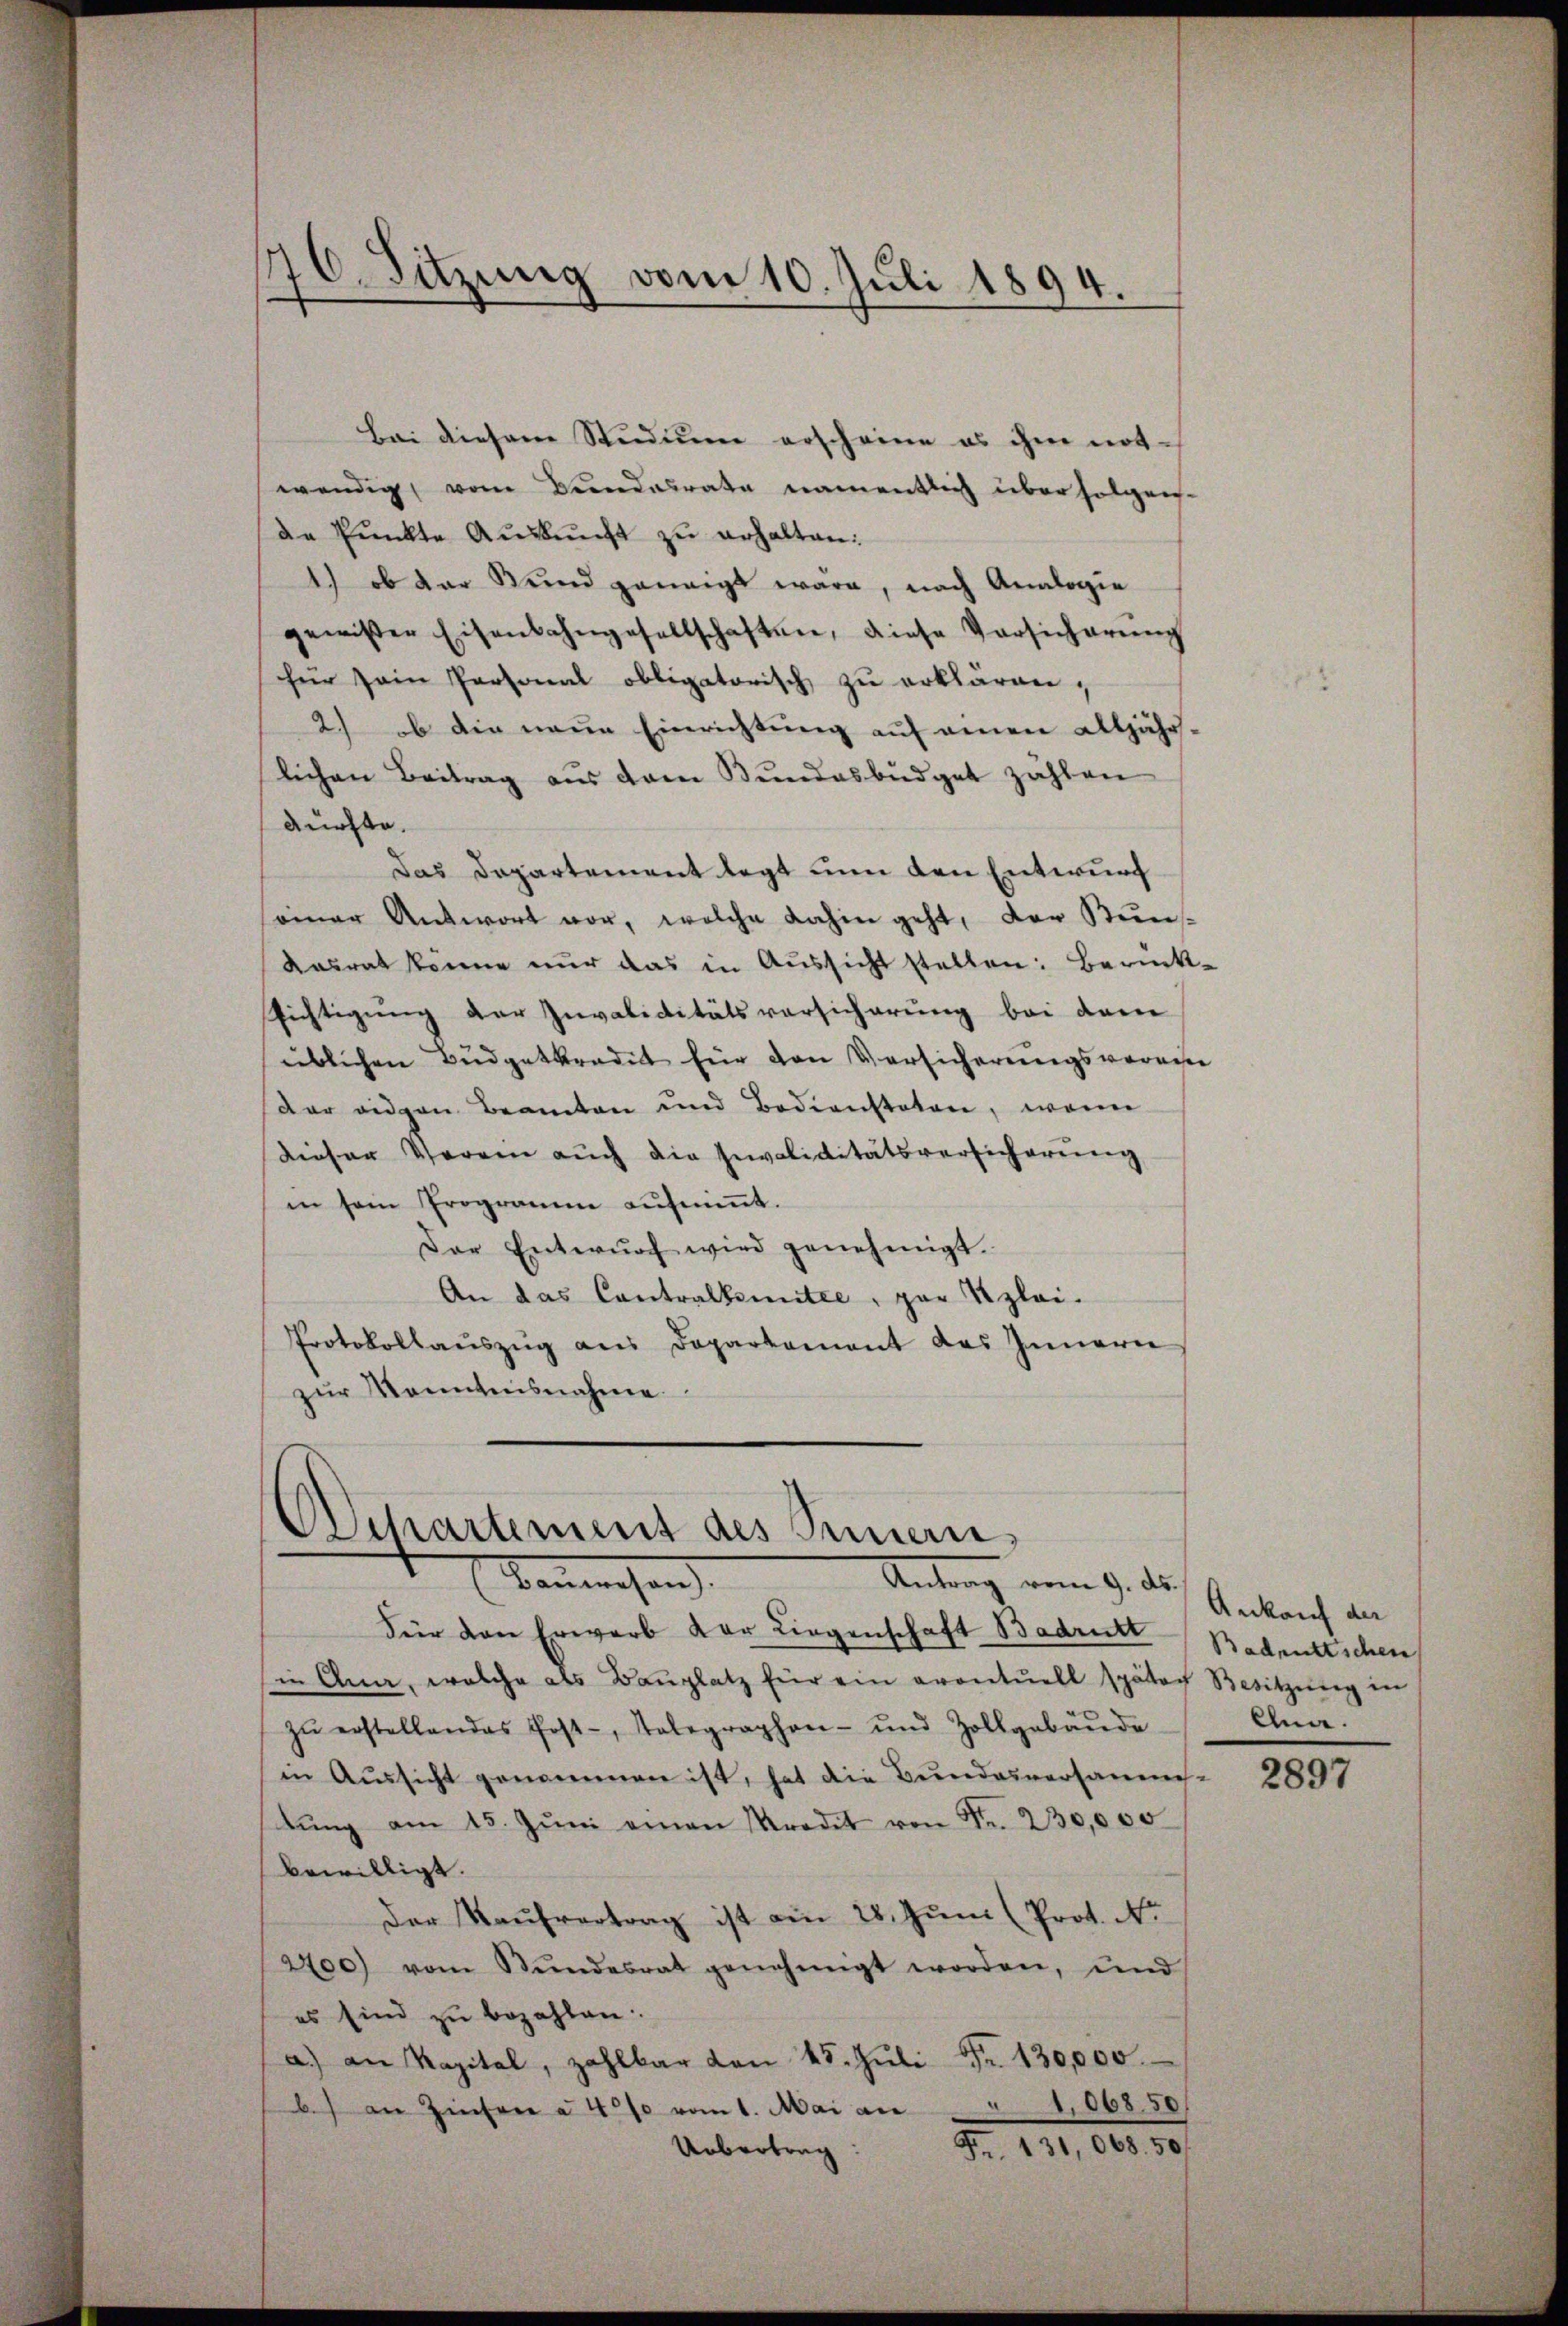
76. Sitzung vom 10. Juli 1894.

Bei diesem Studium erscheine es ihm not-
wendig vom Bundesrate namentlich überfolgende Pŭnkte Aŭskŭnft zŭ erhalten:
1.) ob der Bund geneigt wäre, nach Analogie
gewisser Eisenbahngesellschaften, diese Versicherŭng
für sein Personal obligatorisch zu erklären,
2) ob die neue Einrichtung auf einen alljähr-
lichen Beitrag aŭs dem Bŭndesbüdget zahlen
dürfte.
Das Departement legt nun den Entwurf
seiner Antwort vor, welche dahin geht, der Kuns
Kasrat könne nur das in Aussicht stellen: Berück-
Richtigung der Invaliditätsvorsicherung bei dem
üblichen Budgetkredit für den Versicherungsvereine
dar eidgen Beamten und Bediensteten, wenn
Dieser Veren auch die Invaliditätsversicherung
in sein Programm aŭfniṁt.
Der Entwŭrf wird genehmigt.
An das Contralkomitée, par Kzlei-
Protokollaŭszŭg ans Departement das Innerne
zŭr Kenntnisnahme

Departement des Brinen,
Ekenwesen.
Antrag vom 9. d.

Für den Erwarb der Liegenschaft Badritt
sie Ana, welche als Baŭplatz für ein avontŭell später Besitzŭng in
zŭ erstellendes Post-, Telegraphen- und Zollgebäŭde
in Aussicht genommen ist, hat die Bundesversammes-
tŭng am 15. Jŭni einen Prodel von Fr. 230,000
bewilligt.
Der Kaŭfvertrag ist am 28. Juni (Prot. No
2400) vom Stŭndesrat genehmigt worden, und
es sind zu bezahlen.
a.) an Kapital, zahlbar von 45. Jŭli Fr. 130,000.
b) an Zinsere à 4% vom 1. Mai an " 106850
Fr. 124. 60. 191
Uebertrag:

Ankauf der
Badentlichen
Clna.

2897